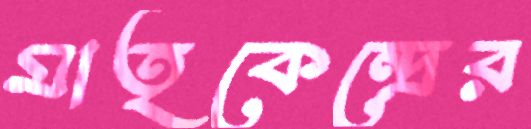
মাতৃকেন্দ্রের